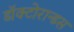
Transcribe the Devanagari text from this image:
डॉक्टोरान्डस